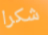
شكرا